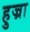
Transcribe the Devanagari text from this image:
हुज्रा